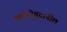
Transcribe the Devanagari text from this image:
क्लोरोबुटानोल